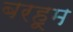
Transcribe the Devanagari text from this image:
बरहूम